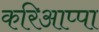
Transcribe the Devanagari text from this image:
करिआप्पा